Document type: Sale
Year: 1435
Scribe: Pere Soler
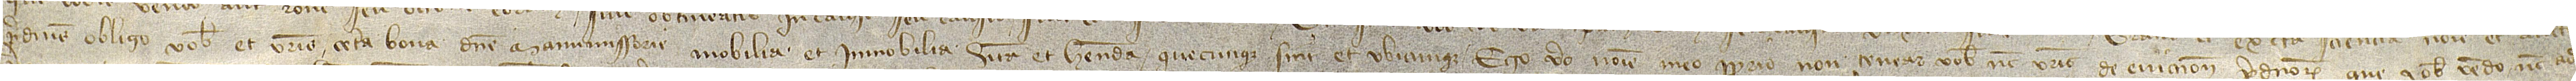
predictis obligo vobis et vestris cetera bona dicte manumissorie, mobilia et immobilia, habita et habenda, quecunque sint et ubicumque. Ego vero nomine meo proprio non tenear vobis nec vestris de eviccione predictorum que vobis vendo nec ad